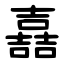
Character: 嚞